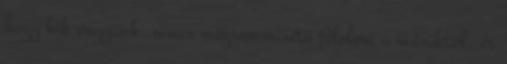
hogy kik vagyunk, nincs megsemmisítő félelem a másiktól, és